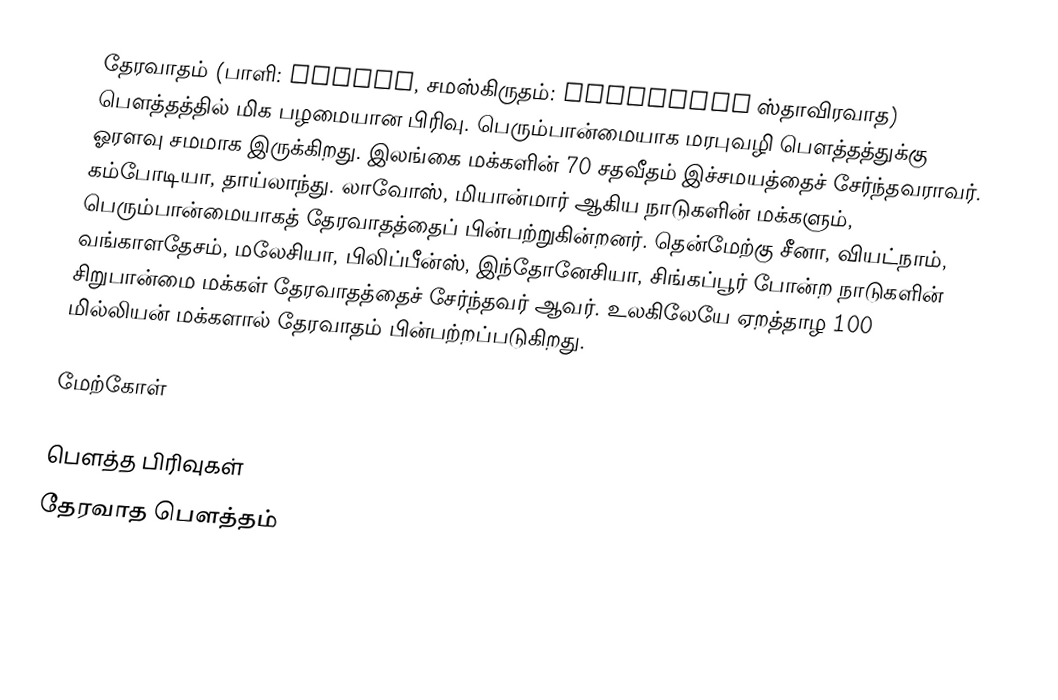
தேரவாதம் (பாளி: थेरवाद, சமஸ்கிருதம்: स्थविरवाद ஸ்தாவிரவாத) பௌத்தத்தில் மிக பழமையான பிரிவு. பெரும்பான்மையாக மரபுவழி பௌத்தத்துக்கு ஓரளவு சமமாக இருக்கிறது. இலங்கை மக்களின் 70 சதவீதம் இச்சமயத்தைச் சேர்ந்தவராவர். கம்போடியா, தாய்லாந்து. லாவோஸ், மியான்மார் ஆகிய நாடுகளின் மக்களும், பெரும்பான்மையாகத் தேரவாதத்தைப் பின்பற்றுகின்றனர். தென்மேற்கு சீனா, வியட்நாம், வங்காளதேசம், மலேசியா, பிலிப்பீன்ஸ், இந்தோனேசியா, சிங்கப்பூர் போன்ற நாடுகளின் சிறுபான்மை மக்கள் தேரவாதத்தைச் சேர்ந்தவர் ஆவர். உலகிலேயே ஏறத்தாழ 100 மில்லியன் மக்களால் தேரவாதம் பின்பற்றப்படுகிறது.

மேற்கோள்

பௌத்த பிரிவுகள்
தேரவாத பௌத்தம்